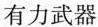
有力武器